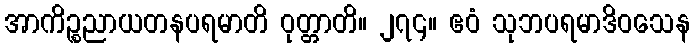
အာကိဉ္စညာယတနပရမာတိ ဝုတ္တာတိ။ ၂၇၄။ ဧဝံ သုဘပရမာဒိဝသေန